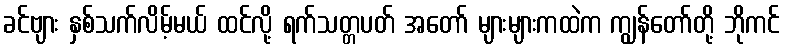
ခင်ဗျား နှစ်သက်လိမ့်မယ် ထင်လို့ ရက်သတ္တပတ် အတော် များများကထဲက ကျွန်တော်တို့ ဘိုကင်